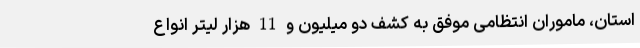
استان، ماموران انتظامی موفق به کشف دو میلیون و 11 هزار لیتر انواع